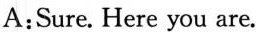
A:Sure. Here you are.